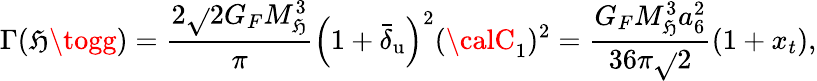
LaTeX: \Gamma(\mathfrak{H}\togg)=\frac{{2\sqrt{}{2}G_{F}M_{\mathfrak{H}}^{3}}}{{\pi}}\left(1+\bar{{\delta}}_{\mathrm{{u}}}\right)^{2}({\calC}_{1})^{2}=\frac{{G_{F}M_{\mathfrak{H}}^{3}a_{6}^{2}}}{{36\pi\sqrt{}{2}}}(1+x_{t}),